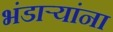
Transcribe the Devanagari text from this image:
भंडाऱ्यांना